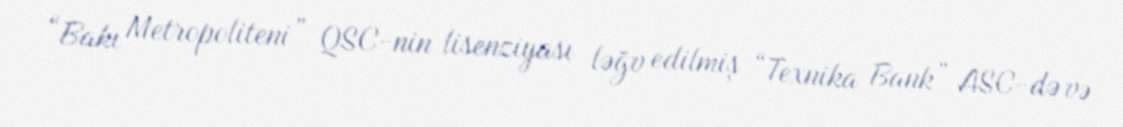
“Bakı Metropoliteni” QSC-nin lisenziyası ləğv edilmiş “Texnika Bank” ASC-də və